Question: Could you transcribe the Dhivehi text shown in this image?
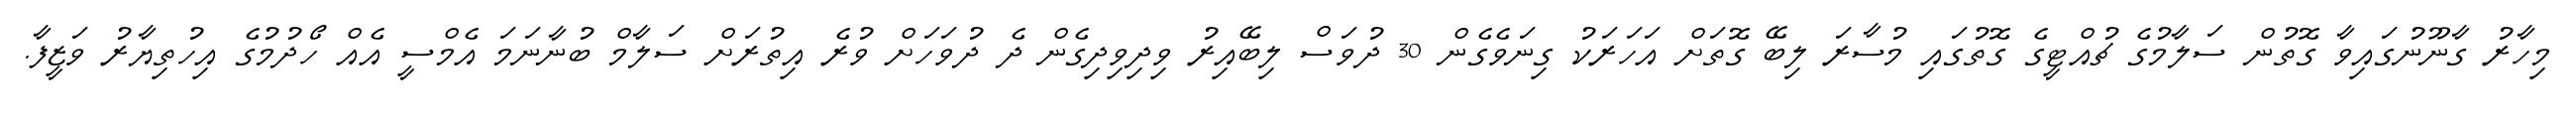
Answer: މިހާރު ގާނޫނުގައިވާ ގޮތުން ސަލާމުގެ ޗުއްޓީގެ ގޮތުގައި މުސާރަ ލިބޭ ގޮތަށް އަހަރަކު ގިނަވެގެން 30 ދުވަސް ލިބޭއިރު ވިދިވިދިގެން ދެ ދުވަހަށް ވުރެ އިތުރަށް ސަލާމް ބުނާނަމަ އެމްސީ އެއް ހޯދުމުގެ އިހުތިޔާރު ވަޒީފާ.